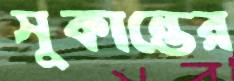
সুকান্তের